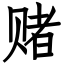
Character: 赌